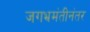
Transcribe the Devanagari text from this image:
जगभ्रमंतीनंतर